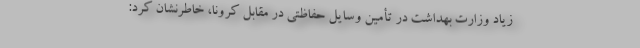
زیاد وزارت بهداشت در تأمین وسایل حفاظتی در مقابل کرونا، خاطرنشان کرد: